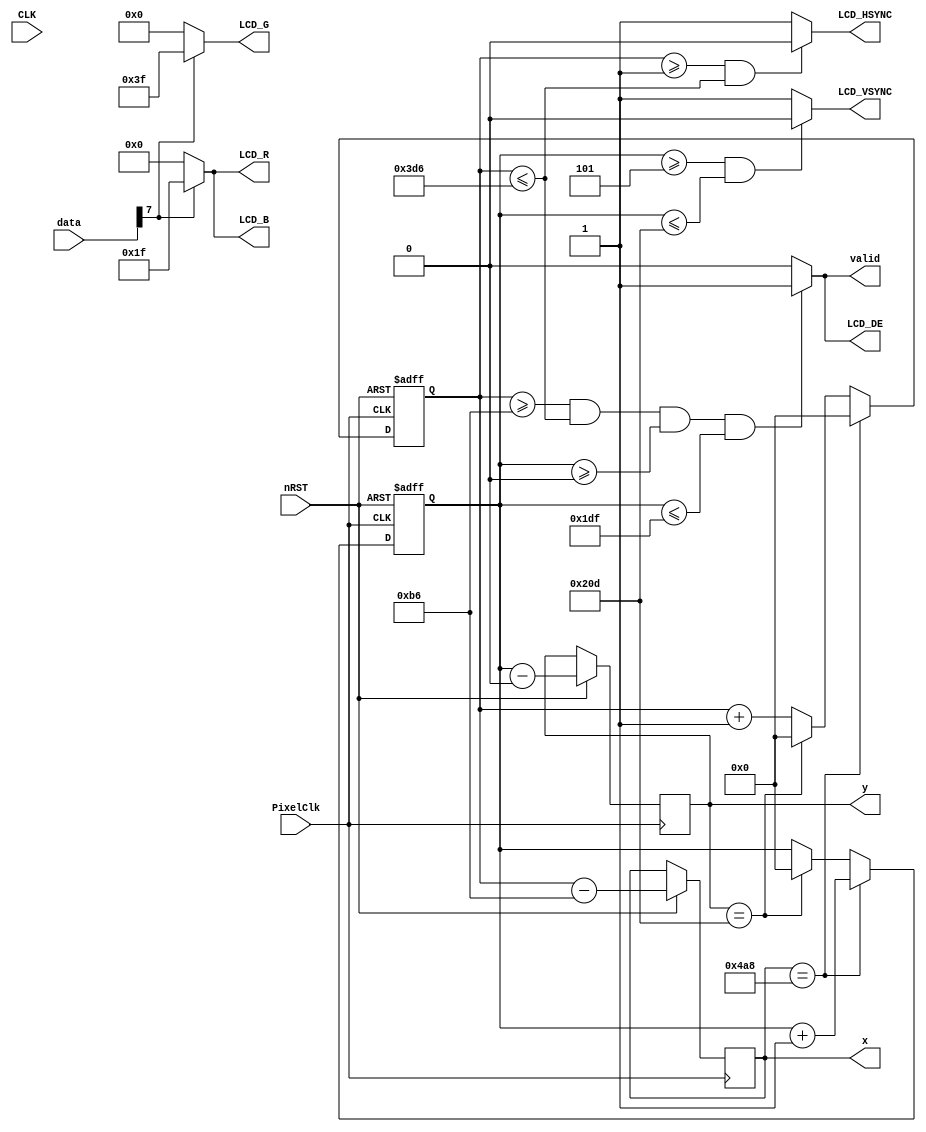
module LCD
(
    input                   CLK,
    input                   nRST,

    input                   PixelClk,

    output                  LCD_DE,
    output                  LCD_HSYNC,
    output                  LCD_VSYNC,

	output          [4:0]   LCD_B,
	output          [5:0]   LCD_G,
	output          [4:0]   LCD_R,
    input           [7:0]   data,
    output reg      [15:0]  x,
    output reg      [15:0]  y,
    output reg              valid
);
    reg [15:0]  tx;
    reg [15:0]  ty;
    reg [7:0] frame;

	localparam      V_BackPorch = 16'd0; //6
	localparam      V_Pluse 	= 16'd5; 
	localparam      HightPixel  = 16'd480;
	localparam      V_FrontPorch= 16'd45; //62

	localparam      H_BackPorch = 16'd182;
	localparam      H_Pluse 	= 16'd1; 
	localparam      WidthPixel  = 16'd800; 
	localparam      H_FrontPorch= 16'd210;

    localparam      PixelForHS  =   WidthPixel + H_BackPorch + H_FrontPorch;  	
    localparam      LineForVS   =   HightPixel + V_BackPorch + V_FrontPorch;

    always @(  posedge PixelClk or negedge nRST  )begin
        if( !nRST ) begin
            ty <= 16'b0;    
            tx <= 16'b0;
            frame <= 8'd0;
        end else 
        begin 
            if(x == PixelForHS) begin
                tx <= 16'b0;
                ty <= ty + 1'b1;
            end else if(y == LineForVS) begin
                ty <= 16'b0;
                tx <= 16'b0;
                frame <= frame + 8'b1;
            end else
                tx <= tx + 1'b1;
            x <= tx - H_BackPorch;
            y <= ty - V_BackPorch;
        end
    end

	reg			[9:0]  Data_R;
	reg			[9:0]  Data_G;
	reg			[9:0]  Data_B;

    always @(  posedge PixelClk or negedge nRST  )begin
        if( !nRST ) begin
			Data_R <= 9'b0;
			Data_G <= 9'b0;
			Data_B <= 9'b0;
        end else begin
			end
	end

    assign  LCD_HSYNC = (( tx >= H_Pluse)&&( tx <= (PixelForHS-H_FrontPorch))) ? 1'b0 : 1'b1;
	assign  LCD_VSYNC = ((( ty  >= V_Pluse )&&( ty  <= (LineForVS-0) )) ) ? 1'b0 : 1'b1;

    assign  valid = LCD_DE;
    assign  LCD_DE = (  ( tx >= H_BackPorch )&&
                        ( tx <= PixelForHS-H_FrontPorch ) &&
                        ( ty >= V_BackPorch ) &&
                        ( ty <= LineForVS-V_FrontPorch-1 ))  ? 1'b1 : 1'b0;

    assign  LCD_R   =   !data[7] ? 5'd0 :  5'b11111;//x[4:0];
    assign  LCD_G   =   !data[7] ? 5'd0 : 6'b111111;//6'b000000;//data[7:2];//y[5:0]; 
    assign  LCD_B   =   !data[7] ? 5'd0 :  5'b11111;//5'b01111;//data[7:3];

endmodule